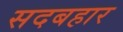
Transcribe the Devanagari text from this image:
सदबहार